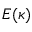
E ( \kappa )